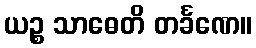
ယဉ္စ သာဓေတိ တင်္ခဏေ။